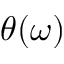
\theta ( \omega )